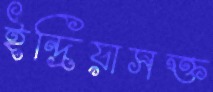
ইন্দ্রিয়াসক্ত